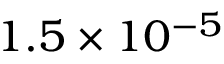
1 . 5 \times 1 0 ^ { - 5 }